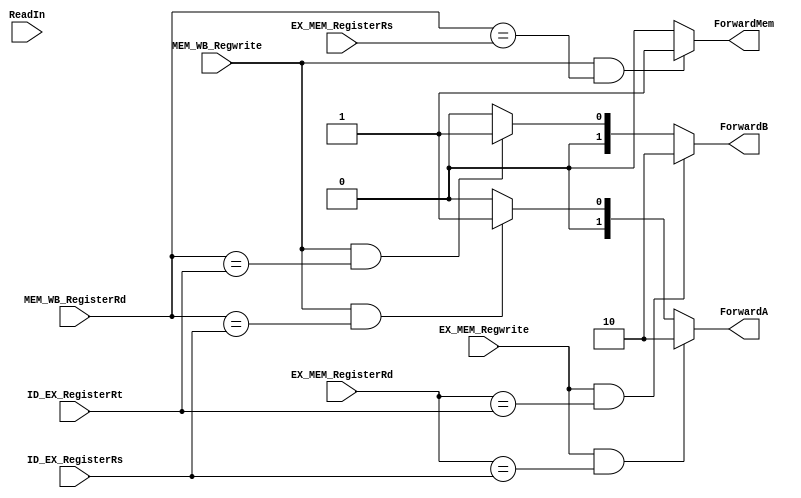
module forwardunit (
    input EX_MEM_Regwrite, MEM_WB_Regwrite, ReadIn,
    input [3:0] EX_MEM_RegisterRd, ID_EX_RegisterRs,  ID_EX_RegisterRt, MEM_WB_RegisterRd, EX_MEM_RegisterRs, 
    output [1:0] ForwardA,
    output [1:0] ForwardB,
    output ForwardMem
);


//Assigning Forward A and B
assign ForwardA = (EX_MEM_Regwrite & EX_MEM_RegisterRd == ID_EX_RegisterRs) ? 2'b10 :
			(MEM_WB_Regwrite & MEM_WB_RegisterRd == ID_EX_RegisterRs) ? 2'b01 : 2'b00;
assign ForwardB = (EX_MEM_Regwrite & EX_MEM_RegisterRd == ID_EX_RegisterRt) ? 2'b10 :
			(MEM_WB_Regwrite & MEM_WB_RegisterRd == ID_EX_RegisterRt) ? 2'b01 : 2'b00;

/// MEM-MEM Forwarding
assign ForwardMem = (MEM_WB_Regwrite & (MEM_WB_RegisterRd == EX_MEM_RegisterRs)) ? 1'b1 : 1'b0;

endmodule